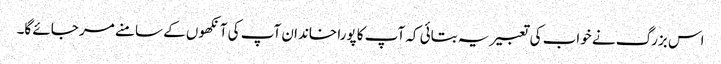
اس بزرگ نے خواب کی تعبیر یہ بتائی کہ آپ کا پورا خاندان آپ کی آنکھوں کے سامنے مر جائے گا۔